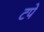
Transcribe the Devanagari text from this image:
टपे